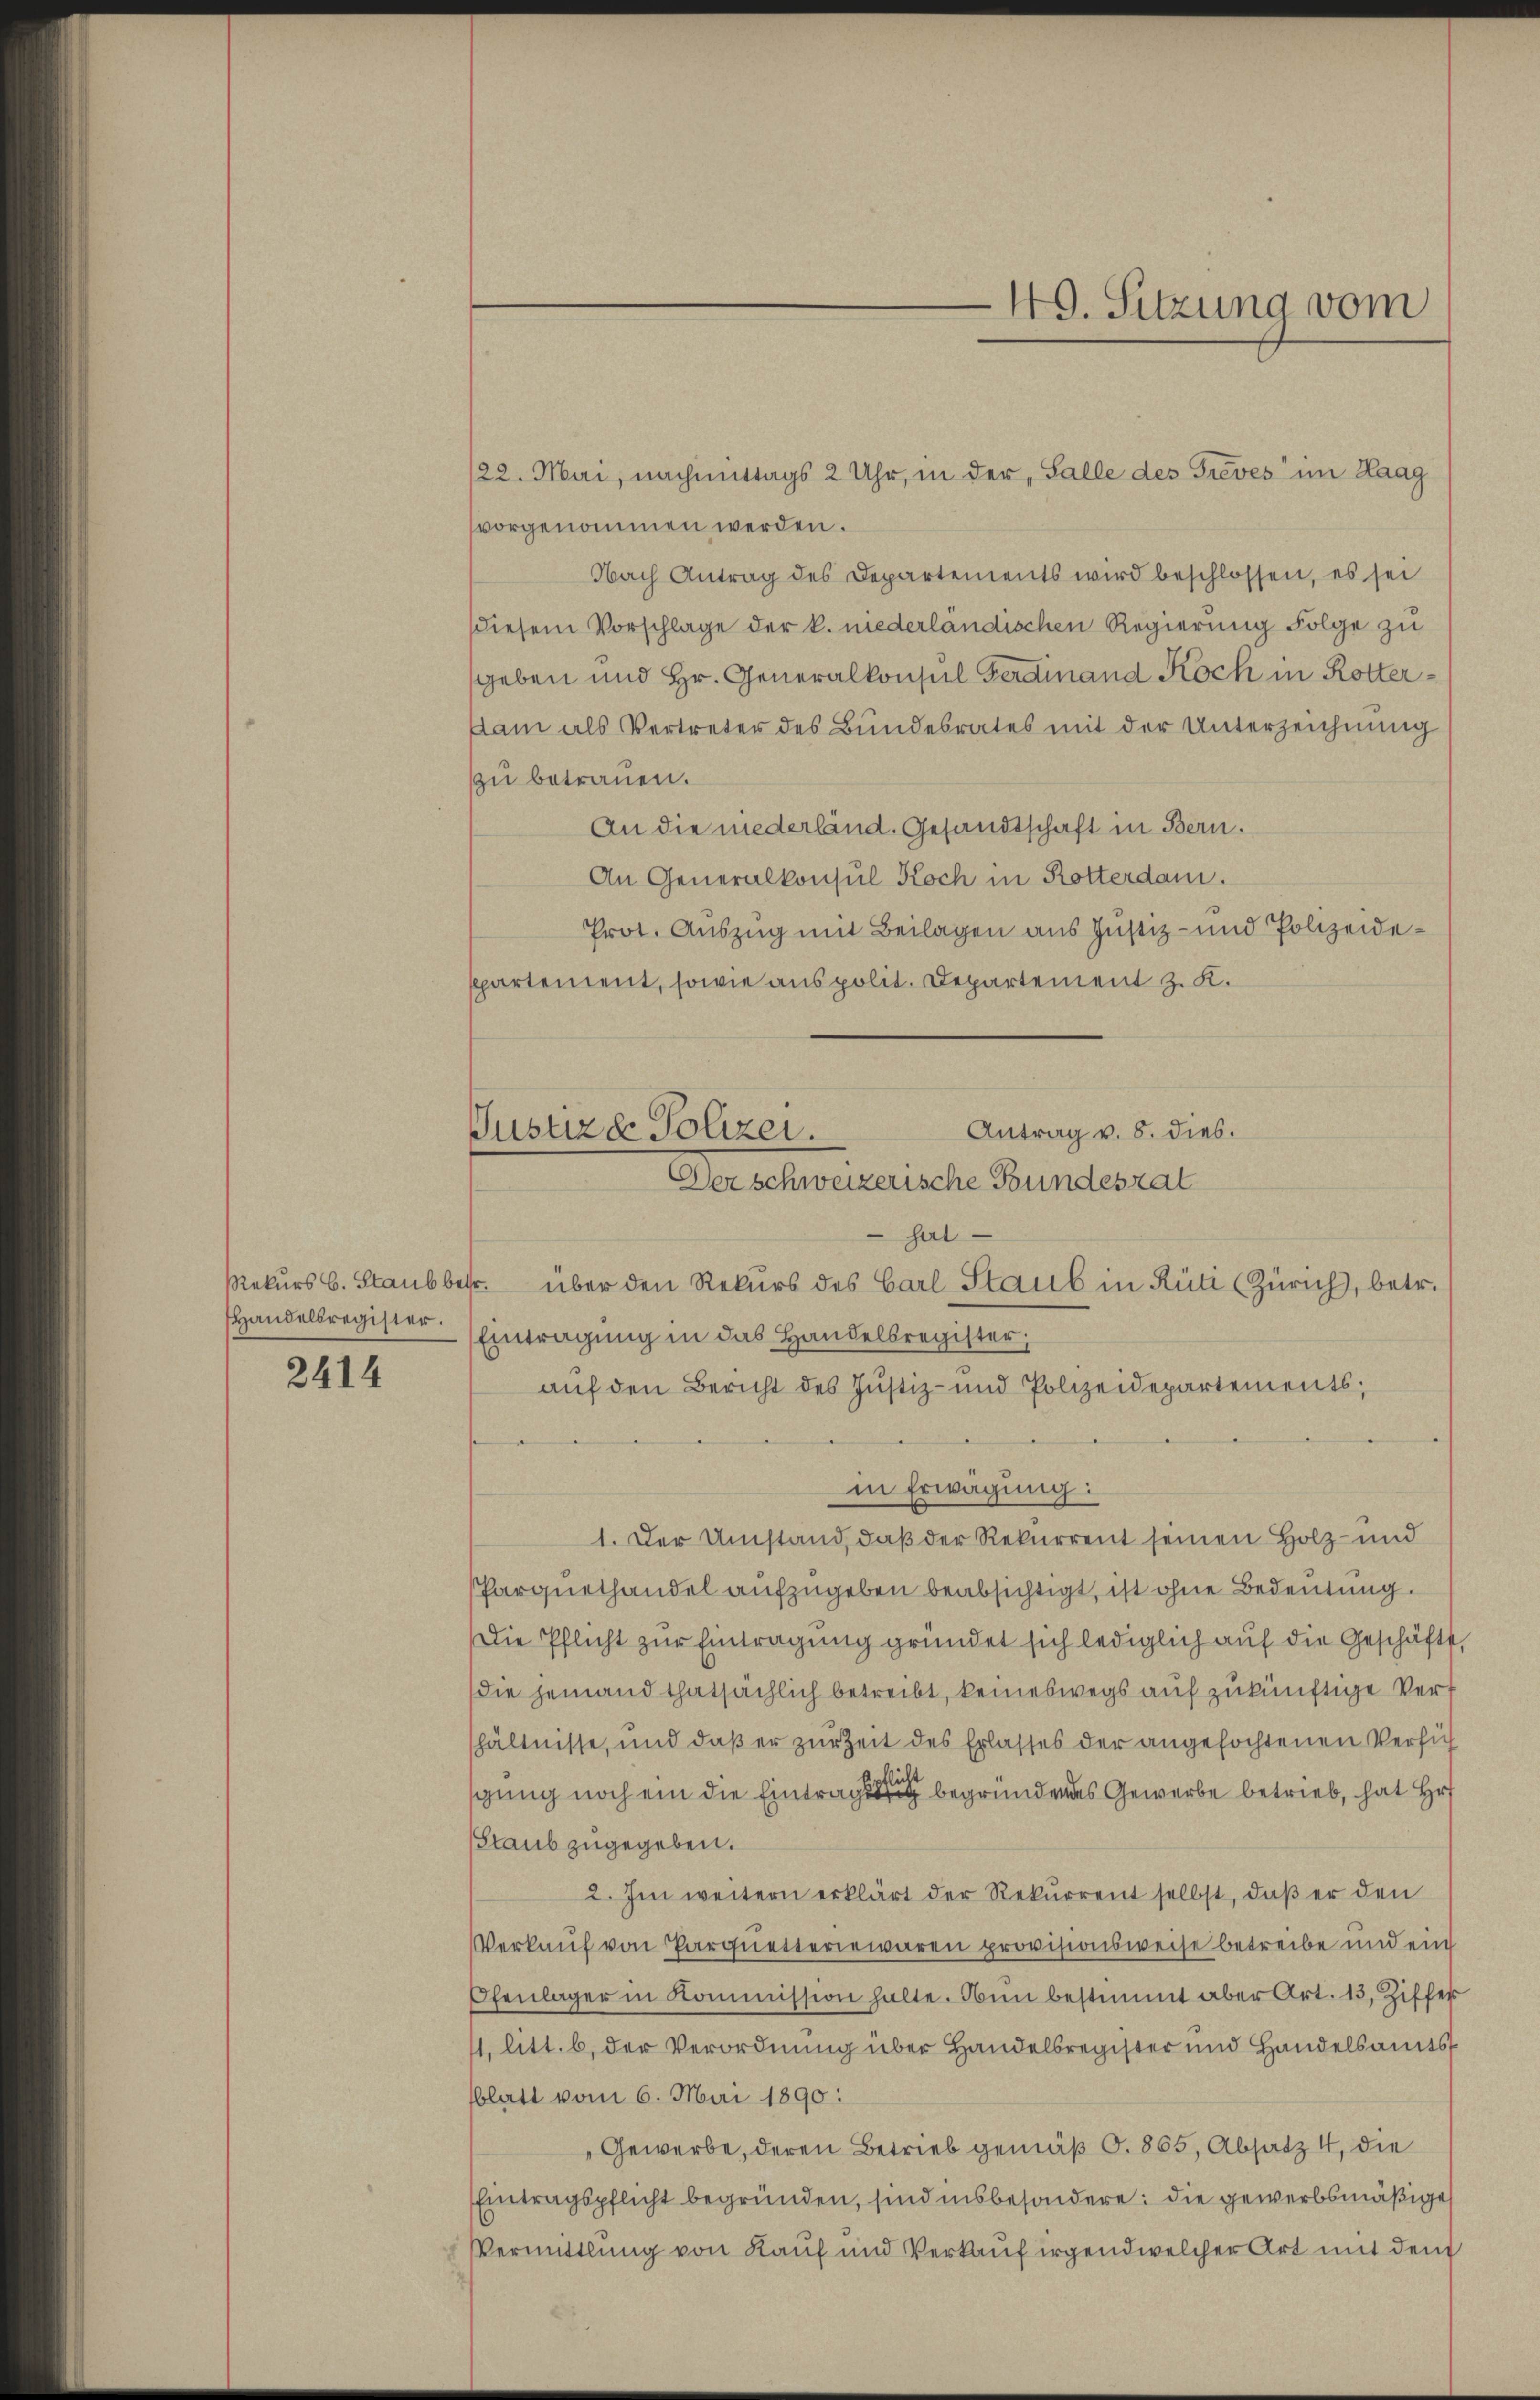
Handelsregister.
2414

Justiz & Polizei.
Der schweizerische Bundesrat

vorgenommen werden.
Nach Antrag des Departements wird beschlossen, es sei
diesem Vorschlage der k. niederländischen Regierung Folge zu
geben und Hr. Generalkonsul Ferdinand Koch in Rotter¬
Dam als Vertreter des Bundesrates mit der Unterzeichnung
zu betrauen.
An die niederländ. Gesandtschaft in Bern.
An Generalkonsul Koch in Rotterdam.
Prot. Auszug mit Beilagen aus Justiz- und Polizeidespartement, sowie aus polit. Departement z. K.
Antrag v. 8. dies.
hart
Rekurs b. Staŭbbetr. über den Rekurs des Carl Staub in Rüti (Zürich, betr.
Eintragung in das Handelsregister,
auf den Bericht des Justiz- und Polizeidepartements;
in Erwägung:
1. Der Umstand, daß der Rekurrent seinen Holz- und
Parquethandel aufzugeben beabsichtigt, ist ohne Bedeutung.
Die Pflicht zur Eintragung gründet sich lediglich auf die Geschäfts,
die jemand thatsächlich betreibt, keineswegs auf zukünftige Verf
hältnisse, und daß er zur Zeit des Erlasses der angefochtenen Verfühicht
gung noch ein die Eintrag begründendes Gewerbe betrieb, hat Hr
Staub zugegeben.
2. Im weitern erklärt der Rekurrent selbst, daß er den
Verkauf von Parquetteriewaren provisionsweise betreibe und ein
Ofenlager in Kommission halte. Nun bestimmt aber Art. 13, Ziffer
11. litt. b. der Verordnung über Handelsregister und Handelsamts
blatt vom 6. Mai 1890:
Gewerbe, deren Betrieb gemäß O. 865, Absatz 4, die
Eintragspflicht begründen, sind insbesondere: die gewerbsmäßige
Vermittlung von Kauf und Verkauf irgendwelcher Art mit dem

49. Sitzung vom

/22. Mai, nachmittags 2 Uhr, in der „Salle des Greves“ im Haag